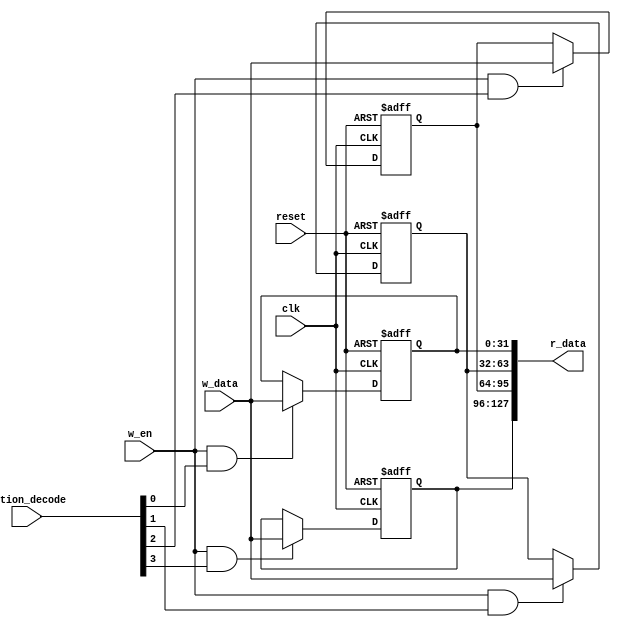
module q_block
#(
 parameter         DATA_LENGTH            = 32,
 parameter         KQFACTOR_LENGTH        = 16
)
(
 input  wire                                 clk,
 input  wire                                 reset,
 input  wire                                 w_en,
 input  wire [3                   : 0]       action_decode,
 input  wire [DATA_LENGTH     - 1 : 0]       w_data,
 
 output wire [DATA_LENGTH*4   - 1 : 0]       r_data
);
 reg         [DATA_LENGTH     - 1 : 0]       register    [3 : 0];
 assign                                      r_data = {register[3], register[2], register[1], register[0]};  // {0 - LEFT, 1 - UP, 2 - RIGHT, 3 - DOWN}
 
 always @ (posedge clk or negedge reset)
  if (!reset) begin
    register[0] = {DATA_LENGTH{1'b0}};
	 register[1] = {DATA_LENGTH{1'b0}};
	 register[2] = {DATA_LENGTH{1'b0}};
	 register[3] = {DATA_LENGTH{1'b0}};
   /*
    register[0] = {{(DATA_LENGTH - KQFACTOR_LENGTH - 1){1'b0}}, 1'b1, {KQFACTOR_LENGTH{1'b0}}};
	 register[1] = {{(DATA_LENGTH - KQFACTOR_LENGTH - 1){1'b0}}, 1'b1, {KQFACTOR_LENGTH{1'b0}}};
	 register[2] = {{(DATA_LENGTH - KQFACTOR_LENGTH - 1){1'b0}}, 1'b1, {KQFACTOR_LENGTH{1'b0}}};
	 register[3] = {{(DATA_LENGTH - KQFACTOR_LENGTH - 1){1'b0}}, 1'b1, {KQFACTOR_LENGTH{1'b0}}};
   */
   /*
   register[0] = {DATA_LENGTH{1'b0}};
	 register[1] = {DATA_LENGTH{1'b0}};
	 register[2] = {DATA_LENGTH{1'b0}};
	 register[3] = {DATA_LENGTH{1'b0}};
   */
   end
  else begin
    if (w_en & action_decode[0]) register[0] = w_data;
	 if (w_en & action_decode[1]) register[1] = w_data;
	 if (w_en & action_decode[2]) register[2] = w_data;
	 if (w_en & action_decode[3]) register[3] = w_data;
  end
 
endmodule